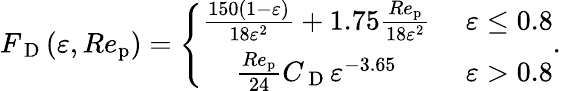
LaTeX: {F_{\mathrm{~D~}}}(\varepsilon,Re_{\mathrm{p}})=\left\{ \begin{array}{cl}{\frac{150(1-\varepsilon)}{18\varepsilon^{2}}+1.75\frac{Re_{\mathrm{p}}}{18\varepsilon^{2}}}&{\ \varepsilon\leq 0.8}\\ {\frac{Re_{\mathrm{p}}}{24}{C_{\mathrm{~D~}}}\varepsilon^{-3.65}}&{\ \varepsilon>0.8}\end{array}\right..